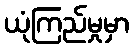
ယုံကြည်မှုမှာ